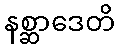
နစ္ဆာဒေတိ